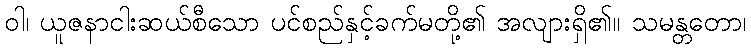
ဝါ၊ ယူဇနာငါးဆယ်စီသော ပင်စည်နှင့်ခက်မတို့၏ အလျားရှိ၏။ သမန္တတော၊